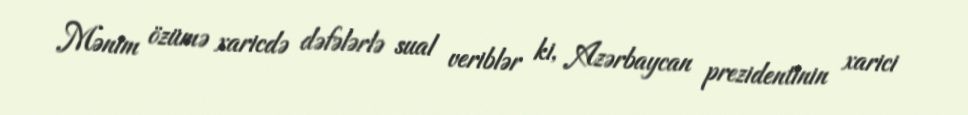
Mənim özümə xaricdə dəfələrlə sual veriblər ki, Azərbaycan prezidentinin xarici